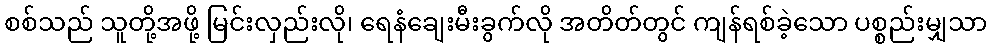
စစ်သည် သူတို့အဖို့ မြင်းလှည်းလို၊ ရေနံချေးမီးခွက်လို အတိတ်တွင် ကျန်ရစ်ခဲ့သော ပစ္စည်းမျှသာ